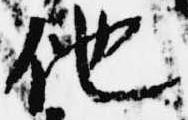
他